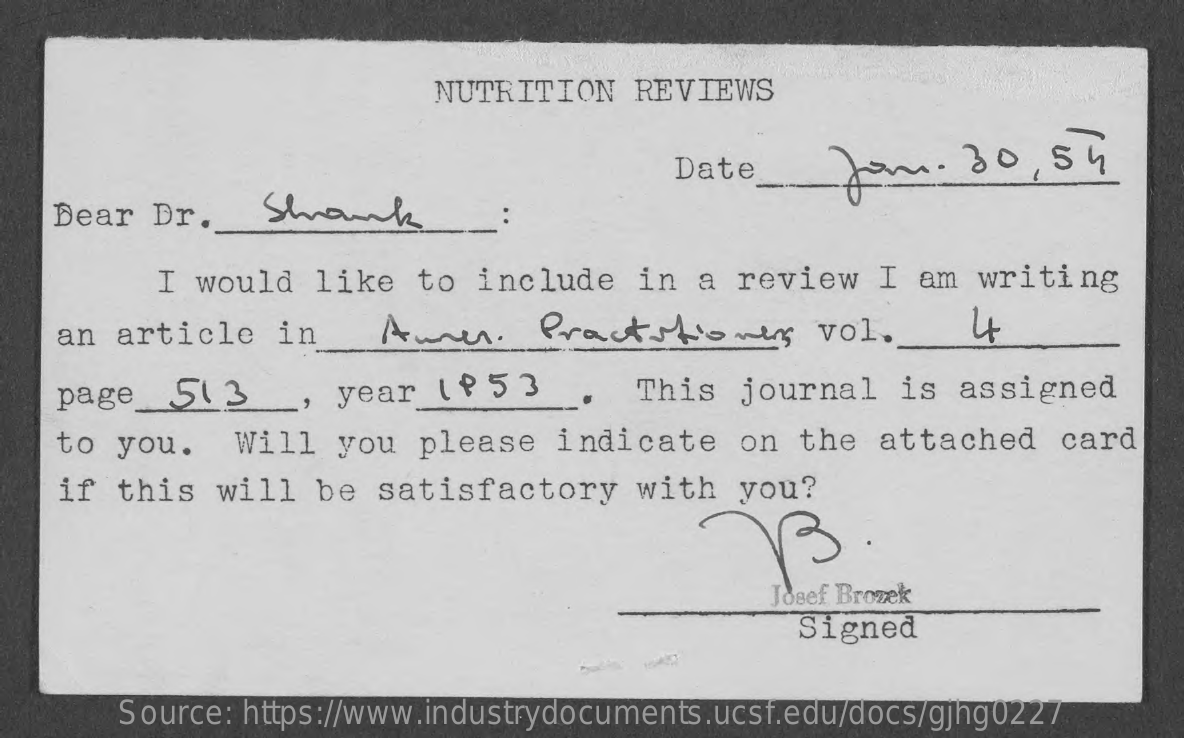
NUTRITION    REVIEWS
     Date    from:   30,  56
    Dear  Dr.   Shaunk
     I would   like  to  include   in  a review   I  am writing
    an article    in    Amen.    Practitioners    vol.    4
    page_513    _, year  ( ₱ 53    This  journal   is  assigned
    to you.    Will  you  please   indicate   on  the  attached   card
    if  this  will  be  satisfactory    with  you?
     Josef Brozek
     Signed
     Source: https://www.industrydocuments.ucsf.edu/docs/gjhg0227